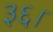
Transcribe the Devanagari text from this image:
३६।